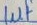
Text: 1uf